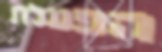
הפעלת